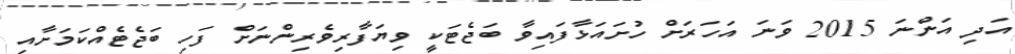
އަދި އަންނަ 2015 ވަނަ އަހަރަށް ހުށައަޅާފައިވާ ބަޖެޓަކީ ވިޔަފާރިވެރިންނަށް ފަހި ބަޖެޓެއްކަމަށާއި